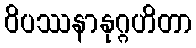
ဝိပဿနာနုဂ္ဂဟိတာ